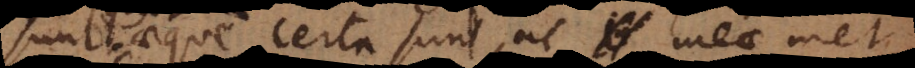
quae aeque certa sunt, ac meaemet